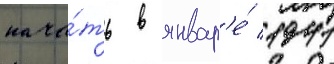
нача́ть в январ'е́ 1941